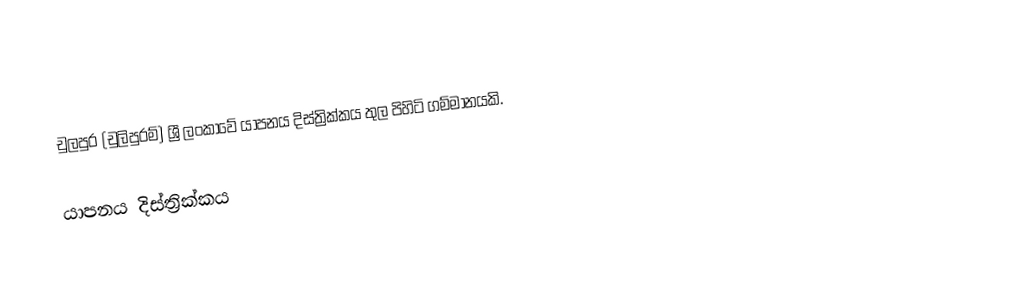
චුලපුර (චුලිපුරම්) ශ්‍රී ලංකාවේ යාපනය දිස්ත්‍රික්කය තුල පිහිටි ගම්මානයකි.

යාපනය දිස්ත්‍රික්කය